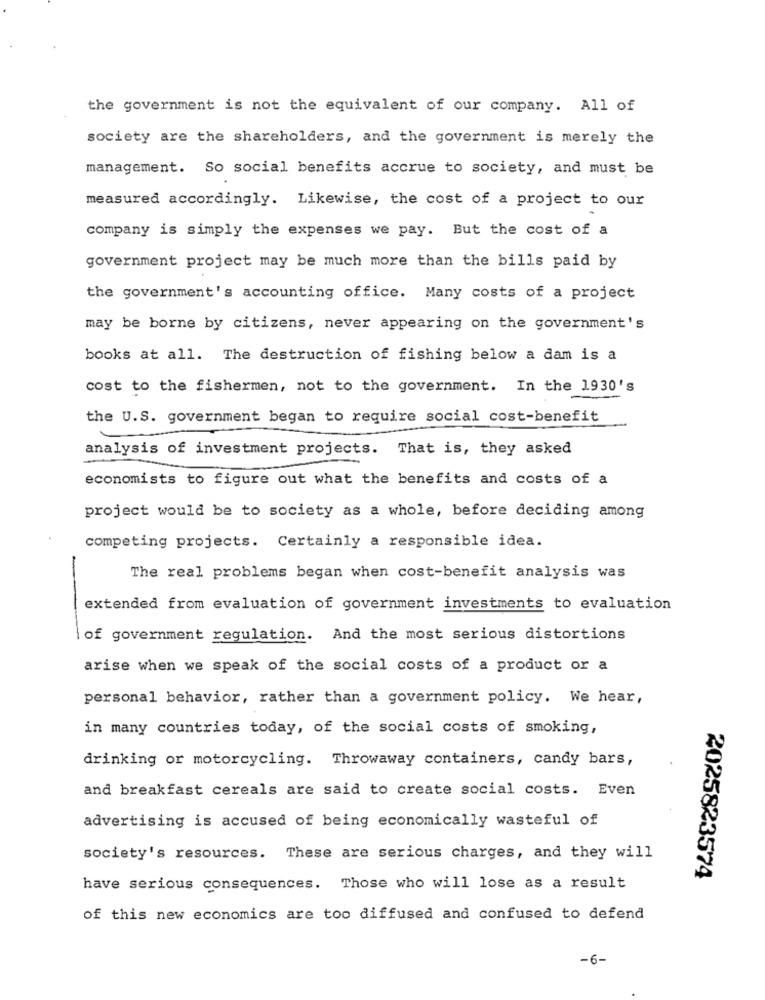
the government is not the equivalent of our company. All of
society are the shareholders, and the government is merely the
management. So social benefits accrue to society, and must be
measured accordingly. Likewise, the cost of a project to our
company is simply the expenses we pay. But the cost of a
government project may be much more than the bills paid by
the government's accounting office. Many costs of a project
may be borne by citizens, never appearing on the government's
books at all. The destruction of fishing below a dam is a
cost to the fishermen, not to the government. In the 1930's
the U.S. government began to require social cost-benefit
analysis of investment projects. That is, they asked
economists to figure out what the benefits and costs of a
project would be to society as a whole, before deciding among
competing projects. Certainly a responsible idea.
The real problems began when cost-benefit analysis was
extended from evaluation of government investments to evaluation
of government regulation. And the most serious distortions
arise when we speak of the social costs of a product or a
personal behavior, rather than a government policy. We hear,
in many countries today, of the social costs of smoking,
drinking or motorcycling. Throwaway containers, candy bars,
and breakfast cereals are said to create social costs. Even
advertising is accused of being economically wasteful of
society's resources. These are serious charges, and they will
2025823574
have serious consequences. Those who will lose as a result
of this new economics are too diffused and confused to defend
-6-